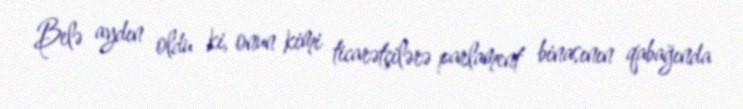
Belə aydın oldu ki, onun kimi ticarətçilərə parlament binasının qabağında